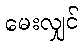
မေးလျှင်